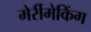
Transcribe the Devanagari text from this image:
मेर्रीमेकिंग